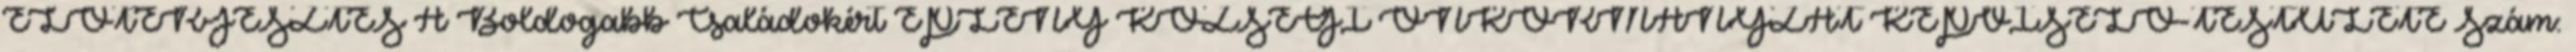
ELŐTERJESZTÉS A Boldogabb Családokért EPLÉNY KÖZSÉGI ÖNKORMÁNYZAT KÉPVISELŐ-TESTÜLETE Szám: